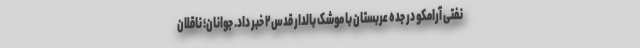
نفتی آرامکو در جده عربستان با موشک بالدار قدس۲ خبر داد. جوانان؛ ناقلان